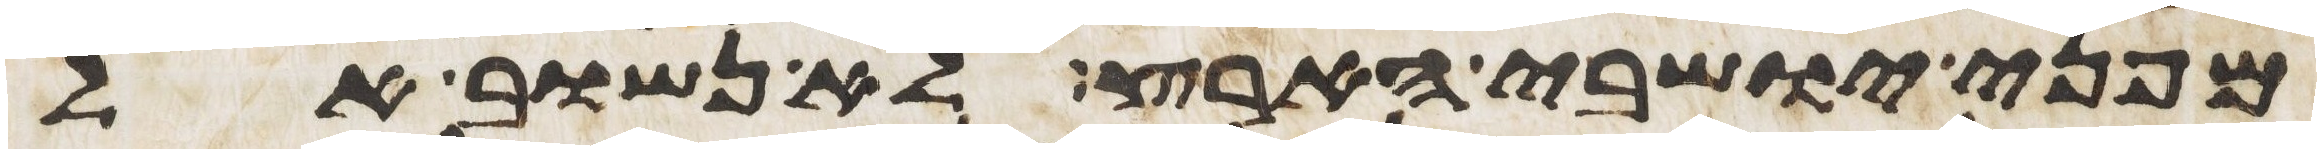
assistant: מפני ישבי הארץ לא נשוב אל